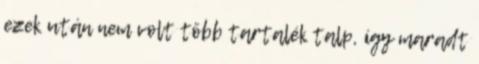
ezek után nem volt több tartalék talp, így maradt